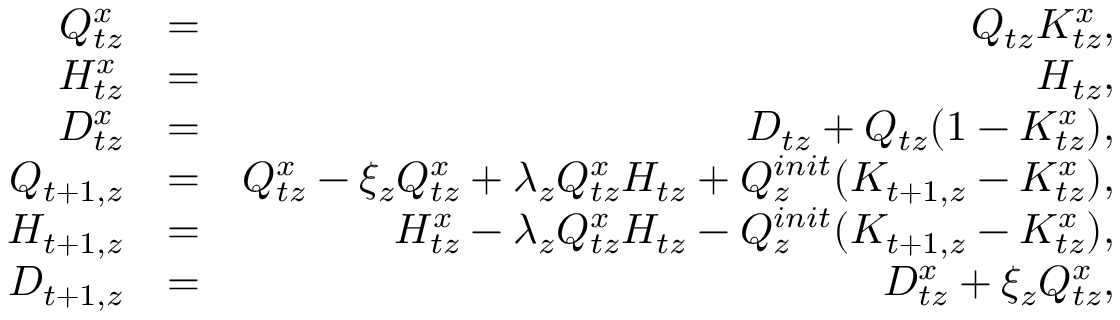
\begin{array} { r l r } { Q _ { t z } ^ { x } } & { = } & { Q _ { t z } K _ { t z } ^ { x } , } \\ { H _ { t z } ^ { x } } & { = } & { H _ { t z } , } \\ { D _ { t z } ^ { x } } & { = } & { D _ { t z } + Q _ { t z } ( 1 - K _ { t z } ^ { x } ) , } \\ { Q _ { t + 1 , z } } & { = } & { Q _ { t z } ^ { x } - \xi _ { z } Q _ { t z } ^ { x } + \lambda _ { z } Q _ { t z } ^ { x } H _ { t z } + Q _ { z } ^ { i n i t } ( K _ { t + 1 , z } - K _ { t z } ^ { x } ) , } \\ { H _ { t + 1 , z } } & { = } & { H _ { t z } ^ { x } - \lambda _ { z } Q _ { t z } ^ { x } H _ { t z } - Q _ { z } ^ { i n i t } ( K _ { t + 1 , z } - K _ { t z } ^ { x } ) , } \\ { D _ { t + 1 , z } } & { = } & { D _ { t z } ^ { x } + \xi _ { z } Q _ { t z } ^ { x } , } \end{array}